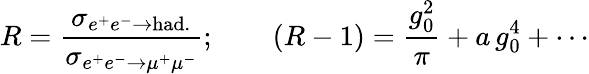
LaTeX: R={\frac{\sigma_{e^{+}e^{-}\to\mathrm{had.}}}{\sigma_{e^{+}e^{-}\to\mu^{+}\mu^{-}}}};\qquad(R-1)={\frac{g_{0}^{2}}{\pi}}+a\, g_{0}^{4}+\cdots